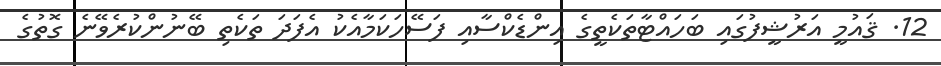
12. ޤައުމީ އަރުޝީފުގައި ބަހައްޓާތަކެތީގެ އިންޑެކްސާއި ފަސޭހަކަމާއެކު އެފަދަ ތަކެތި ބޭނުންކުރެވޭނެ ގޮތުގެ